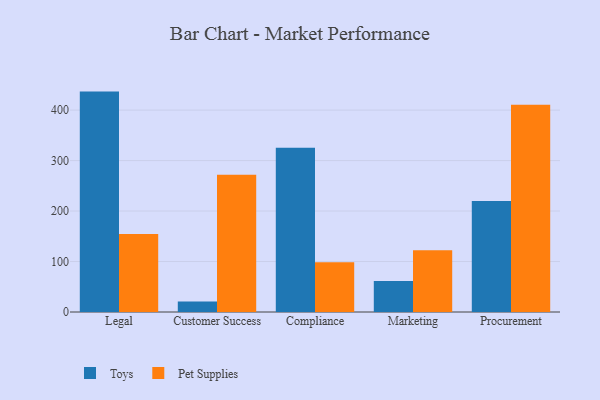
{"axis": {"x": "Department", "y": "Revenue (USD Million)"}, "legend": ["Pet Supplies", "Toys"], "data": [{"x": "Legal", "y": 436.7, "type": "Toys"}, {"x": "Legal", "y": 154.7, "type": "Pet Supplies"}, {"x": "Customer Success", "y": 20.8, "type": "Toys"}, {"x": "Customer Success", "y": 272.0, "type": "Pet Supplies"}, {"x": "Compliance", "y": 325.2, "type": "Toys"}, {"x": "Compliance", "y": 98.4, "type": "Pet Supplies"}, {"x": "Marketing", "y": 61.4, "type": "Toys"}, {"x": "Marketing", "y": 122.2, "type": "Pet Supplies"}, {"x": "Procurement", "y": 219.8, "type": "Toys"}, {"x": "Procurement", "y": 410.7, "type": "Pet Supplies"}]}